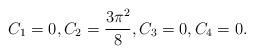
LaTeX: \begin{align*}C_1=0,C_2=\frac{3\pi^{2}}{8},C_3=0,C_4=0.\end{align*}